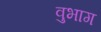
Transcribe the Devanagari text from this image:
वुभाग